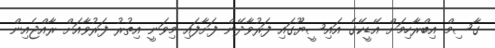
ގާސިމް އިބްރާހިމަށް އޭޑީކޭގެ އައިސީޔޫގައި ފަރުވާދޭން ފަށާފައި މިވަނީ އިތުރު ފަރުވާއަށް ރާއްޖެއިން